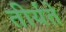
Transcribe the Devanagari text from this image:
तीर्यते